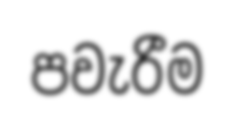
පවැරීම